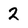
Character: 2